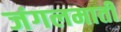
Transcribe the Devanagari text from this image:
जंगलमाती